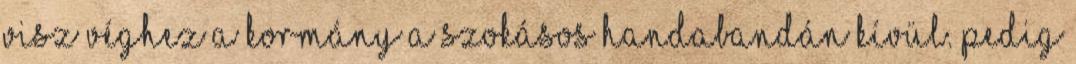
visz véghez a kormány a szokásos handabandán kívül. Pedig